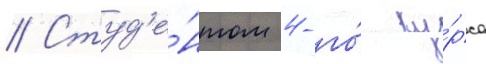
// Студ'е́нтом 4-го́ ку́рса